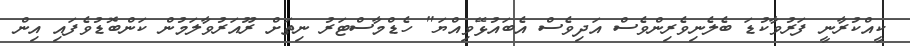
ކީއްކުރާނީ ފަރުވާކުޑަ ބެލެނިވެރިންވެސް އަދިވެސް އެބައުޅޭވިއްޔަ" ހެޑްމާސްޓަރު ނިތަށް ރޫއަރުވާލަމުން ކަންބޮޑުވެފައި އިން